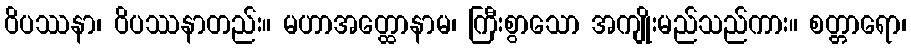
ဝိပဿနာ၊ ဝိပဿနာတည်း။ မဟာအတ္ထောနာမ၊ ကြီးစွာသော အကျိုးမည်သည်ကား။ စတ္တာရော၊